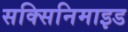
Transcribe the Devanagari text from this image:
सक्सिनिमाइड